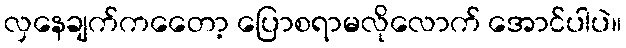
လှနေချက်ကတေော့ ပြောစရာမလိုလောက် အောင်ပါပဲ။